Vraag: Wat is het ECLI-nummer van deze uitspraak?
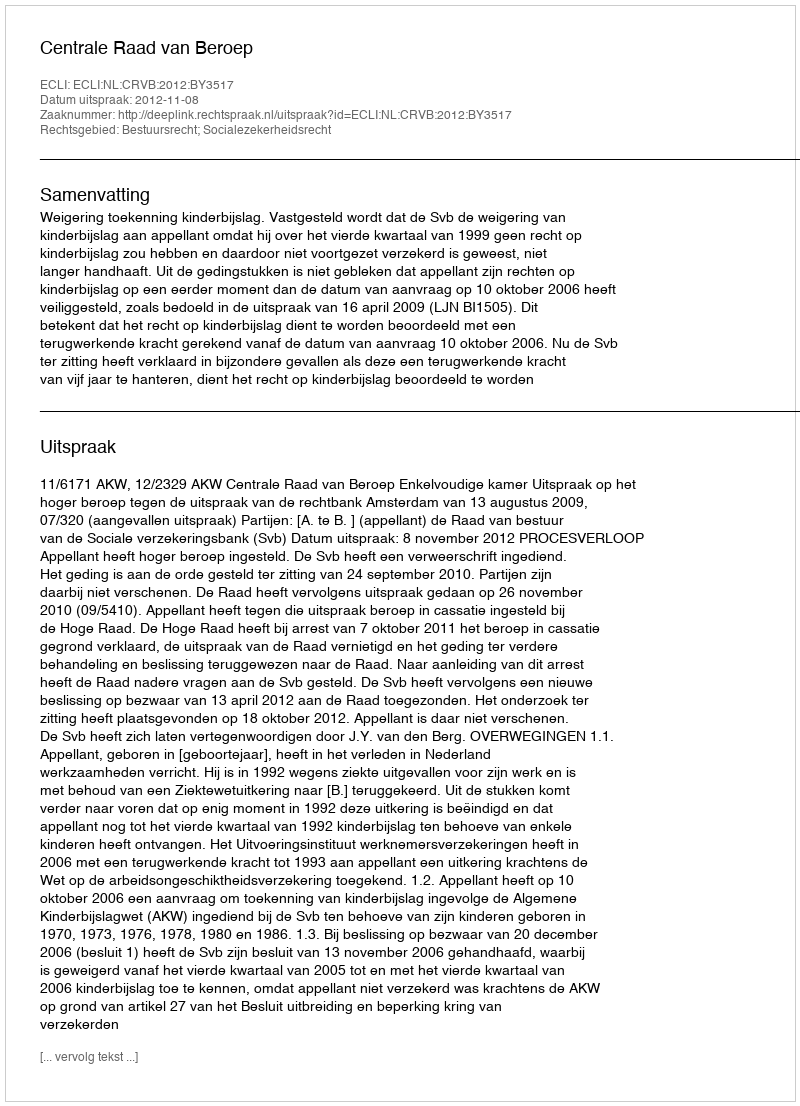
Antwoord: ECLI:NL:CRVB:2012:BY3517